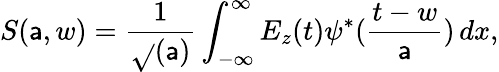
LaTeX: S(\mathsf{a},w)=\frac{{1}}{{\sqrt{}{(}\mathsf{a})}}\int_{-\infty}^{\infty}E_{z}(t)\psi^{\ast}(\frac{{t-w}}{{\mathsf{a}}})\, dx,